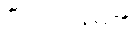
ဗီယက်နမ်၏